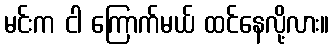
မင်းက ငါ ကြောက်မယ် ထင်နေလို့လား။